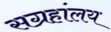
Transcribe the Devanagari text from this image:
सग्रहांलय